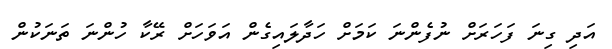
އަދި ގިނަ ފަހަރަށް ނުފެންނަ ކަމަށް ހަދާލައިގެން އަވަހަށް ރޭކާ ހުންނަ ތަނަކުން